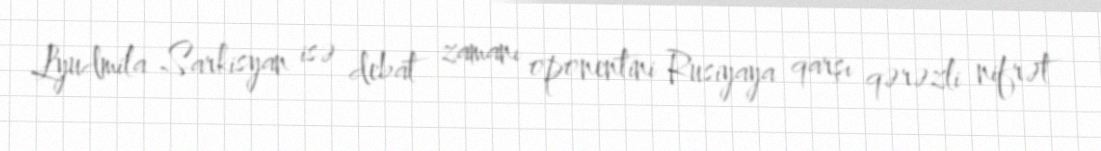
Lyudmila Sarkisyan isə debat zamanı oponentini Rusiyaya qarşı qərəzli nifrət